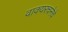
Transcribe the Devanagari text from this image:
वाक्यरचनेचे